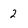
Character: 2